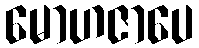
မောဟဇာပေ